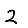
Digit: 2